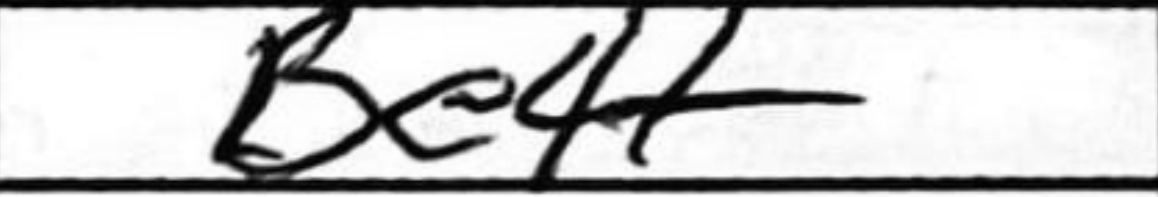
Transcription: Be4+